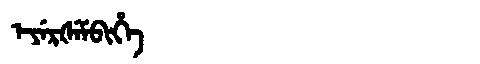
Manchu: ᡝᠶᡝᡵᡧᡝᠮᠪᡳᡥᡝ
Romanization: EYERŠEMBIHE